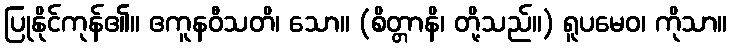
ပြုနိုင်ကုန်၏။ ဧကူနဝီသတိ၊ သော။ (စိတ္တာနိ၊ တို့သည်။) ရူပမေဝ၊ ကိုသာ။